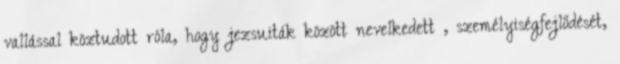
vallással köztudott róla, hogy jezsuiták között nevelkedett , személyiségfejlődését,